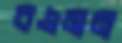
বএমন